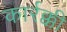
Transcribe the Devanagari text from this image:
कार्रक्की